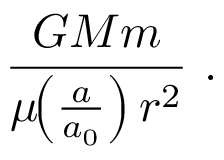
\, { \frac { \, G M m \, } { \mu \! \! \left( { \frac { a } { a _ { 0 } } } \right) r ^ { 2 } } } ~ .